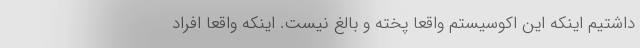
داشتیم اینکه این اکوسیستم واقعا پخته و بالغ نیست. اینکه واقعا افراد